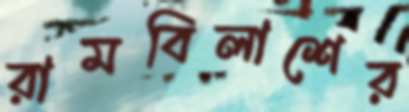
রামবিলাশের